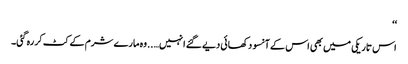
‘‘
اس تاریکی میں بھی اس کے آنسو دکھائی دیے گئے انہیں…..وہ مارے شرم کے کٹ کر رہ گئی۔